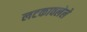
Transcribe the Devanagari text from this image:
लटकावलेले